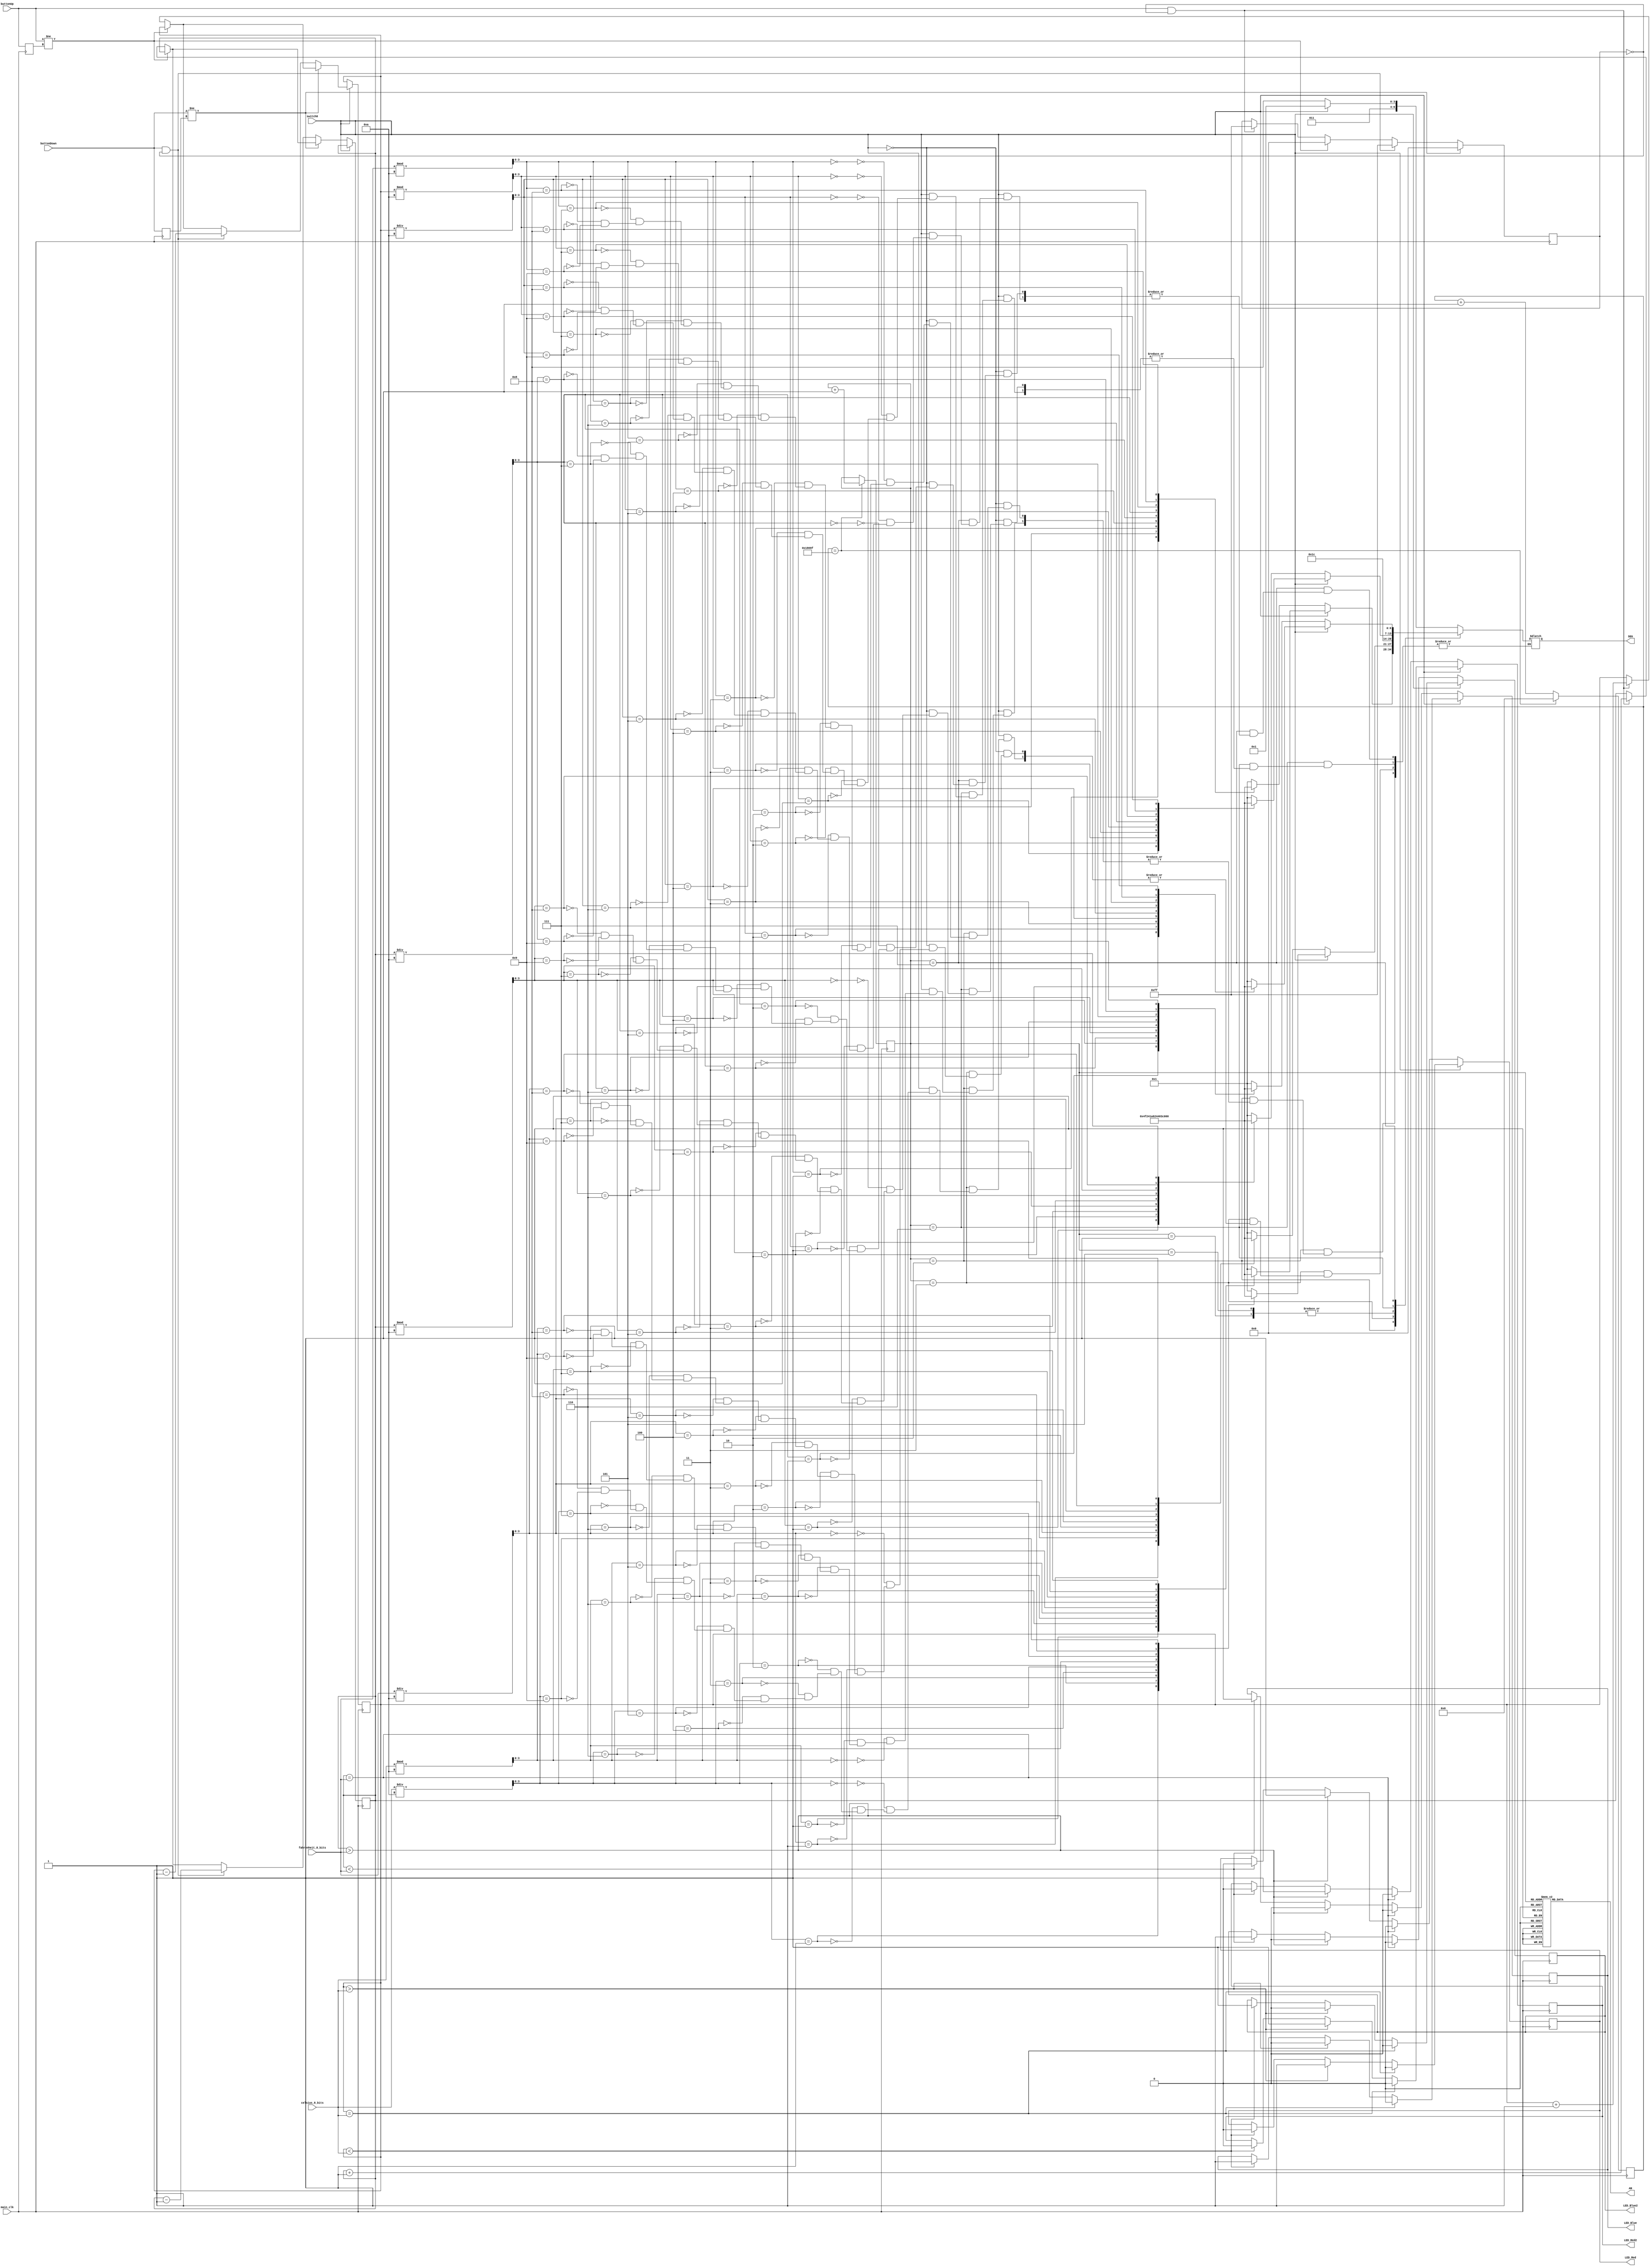
`timescale 1ns / 1ps
module seven_seg_decoder(
    input main_clk,
    input switch0,
    input buttonUp,
    input buttonDown, 
    input [7:0] celsius_8_bits, 
    input [7:0] fahrenheit_8_bits,
    output reg LED_Red, 
    output reg LED_Red2,
    output reg LED_Blue,
    output reg LED_Blue2,
    output reg [6:0] SEG, 
    output reg [7:0] AN  
    );
    reg [7:0] valueF = 8'b0101_0000; //have starting display be 80 for button control
    wire [3:0] valueF_tens, valueF_ones;
    assign valueF_tens = valueF / 10; //get the value for tens place for button control          
    assign valueF_ones = valueF % 10; //get value for ones place for button control
    
    reg [7:0] valueC = 8'b0000_1111; //have starting display be 15 for button control
    wire [3:0] valueC_tens, valueC_ones;
    assign valueC_tens = valueC / 10; //get the value for tens place for button control         
    assign valueC_ones = valueC % 10; //get the value for ones place for button control
    
    wire [3:0] celsius_tens, celsius_ones; 
    assign celsius_tens = celsius_8_bits / 10; //get the value for tens place for C temperature reading           
    assign celsius_ones = celsius_8_bits % 10; //get the value for ones place for C temperature reading   
                
    wire [3:0] fahrenheit_tens, fahrenheit_ones;
    assign fahrenheit_tens = fahrenheit_8_bits / 10; //get the value for tens place for F temperature reading            
    assign fahrenheit_ones = fahrenheit_8_bits % 10; //get the value for ones place for F temperature reading    
    
    //the seven segments that have to be turned on for each required digit        
    parameter ZERO  = 7'b000_0001;  //0 
    parameter ONE   = 7'b100_1111;  //1
    parameter TWO   = 7'b001_0010;  //2 
    parameter THREE = 7'b000_0110;  //3
    parameter FOUR  = 7'b100_1100;  //4
    parameter FIVE  = 7'b010_0100;  //5
    parameter SIX   = 7'b010_0000;  //6
    parameter SEVEN = 7'b000_1111;  //7
    parameter EIGHT = 7'b000_0000;  //8
    parameter NINE  = 7'b000_0100;  //9
    parameter DEG   = 7'b001_1100;  //degrees
    parameter C     = 7'b011_0001;  //C
    parameter F     = 7'b011_1000;  //F
    reg [2:0] anode_select;
    reg [16:0] anode_timer;
    reg buttonUp_prev;
    reg buttonDown_prev;
    reg [7:0] debounce_counter;
    always @(posedge main_clk) begin
    
    //if switch is not flipped enter this
    if (switch0 == 1'b0) begin
        //if user value is less than temperature read from sensor, turn on blue lights
        if (valueF < fahrenheit_8_bits) begin
            LED_Red = 1'b0;
            LED_Red2 = 1'b0;
            LED_Blue = 1'b1; 
            LED_Blue2 = 1'b1;
            end
        //if user value is more than temperature read from sensor, turn on red lights    
        if(valueF > fahrenheit_8_bits) begin
            LED_Red = 1'b1;
            LED_Red2 = 1'b1;
            LED_Blue = 1'b0;
            LED_Blue2 = 1'b0;
            end
        //if user value is same as temperature read from sensor, have no lights on   
        if(valueF == fahrenheit_8_bits) begin
            LED_Red = 1'b0;
            LED_Red2 = 1'b0;
            LED_Blue = 1'b0;
            LED_Blue2 = 1'b0;
            end
        //had to debounce the button because if I didn't then if you pushed the button it would go crazy fast
        if (buttonUp != buttonUp_prev) begin
            debounce_counter <= 8'b0000_0000;
        end else if (buttonUp && (debounce_counter == 8'b0000_0000)) begin
                valueF <= valueF + 1; //counter to increase the user desired temperature
            debounce_counter <= 8'b1111_1111;
        end
        if (buttonDown != buttonDown_prev) begin
            debounce_counter <= 8'b0000_0000;
        end else if (buttonDown && (debounce_counter == 8'b0000_0000)) begin
                valueF <= valueF - 1; //counter to decrease the user desired temperature
            debounce_counter <= 8'b1111_1111;
        end
        buttonUp_prev <= buttonUp;
        buttonDown_prev <= buttonDown;
    end
    //if switch is flipped enter this
    else if (switch0 == 1'b1) begin 
        //if user value is less than temperature read from sensor, turn on blue lights
        if (valueC < celsius_8_bits) begin
            LED_Red = 1'b0;
            LED_Red2 = 1'b0;
            LED_Blue = 1'b1;
            LED_Blue2 = 1'b1;
            end
        //if user value is more than temperature read from sensor, turn on red lights       
        if(valueC > celsius_8_bits) begin
            LED_Red = 1'b1;
            LED_Red2 = 1'b1;
            LED_Blue = 1'b0;
            LED_Blue2 = 1'b0;
            end
        //if user value is same as temperature read from sensor, have no lights on      
        if(valueC == celsius_8_bits) begin
            LED_Red = 1'b0;
            LED_Red2 = 1'b0;
            LED_Blue = 1'b0;
            LED_Blue2 = 1'b0;
            end
        //had to debounce the button because if I didn't then if you pushed the button it would go crazy fast    
        if (buttonUp != buttonUp_prev) begin
            debounce_counter <= 8'b0000_0000;
        end else if (buttonUp && (debounce_counter == 8'b0000_0000)) begin
                valueC <= valueC + 1; //counter to increase the user desired temperature
            debounce_counter <= 8'b1111_1111;
        end
        if (buttonDown != buttonDown_prev) begin
            debounce_counter <= 8'b0000_0000;
        end else if (buttonDown && (debounce_counter == 8'b0000_0000)) begin
                valueC <= valueC - 1; //counter to decrease the user desired temperature
            debounce_counter <= 8'b1111_1111;
        end
        buttonUp_prev <= buttonUp;
        buttonDown_prev <= buttonDown;
    end
end
    //timer so the digits can refresh when updated
    always @(posedge main_clk) begin
        if(anode_timer == 99_999) begin
            anode_timer <= 0;
            anode_select <=  anode_select + 1;
        end
        else
            anode_timer <=  anode_timer + 1;
    end

    always @(anode_select) begin
        case(anode_select)
        //assigning which digit is what position 
            3'o0 : AN = 8'b1111_1110;
            3'o1 : AN = 8'b1111_1101;
            3'o2 : AN = 8'b1111_1011;
            3'o3 : AN = 8'b1111_0111;
            3'o4 : AN = 8'b1110_1111;
            3'o5 : AN = 8'b1101_1111;
            3'o6 : AN = 8'b1011_1111;
            3'o7 : AN = 8'b0111_1111;
        endcase
    end    
    always @* 
    
        case(anode_select)
            
            //first digit is C or F depending what mode it's in
            3'o0 : begin
            //if switch is on then we are in celsius mode, off we are in fahrenheit mode
                        if (switch0 == 1)
                            SEG = C;
                        else
                            SEG = F;
                   end
            //second digit is the degree symbol       
            3'o1 : SEG = DEG;
            //third digit is the ones place of the temperature sensor reading    
            3'o2 : begin
                        //if switch is on we are showing celsius ones place
                        if (switch0 == 1'b1)
                            case(celsius_ones)
                                4'b0000 : SEG = ZERO;
                                4'b0001 : SEG = ONE;
                                4'b0010 : SEG = TWO;
                                4'b0011 : SEG = THREE;
                                4'b0100 : SEG = FOUR;
                                4'b0101 : SEG = FIVE;
                                4'b0110 : SEG = SIX;
                                4'b0111 : SEG = SEVEN;
                                4'b1000 : SEG = EIGHT;
                                4'b1001 : SEG = NINE;
                            endcase
                        else
                        //if switch is off we are showing fahrenheit ones place
                            case(fahrenheit_ones)
                                4'b0000 : SEG = ZERO;
                                4'b0001 : SEG = ONE;
                                4'b0010 : SEG = TWO;
                                4'b0011 : SEG = THREE;
                                4'b0100 : SEG = FOUR;
                                4'b0101 : SEG = FIVE;
                                4'b0110 : SEG = SIX;
                                4'b0111 : SEG = SEVEN;
                                4'b1000 : SEG = EIGHT;
                                4'b1001 : SEG = NINE;
                            endcase
                    end
            //fourth digit is the tens place of the temperature sensor reading
            3'o3 : begin 
                        //if switch is on we are showing celsius tens place
                        if (switch0 == 1'b1)
                            case(celsius_tens)
                                4'b0000 : SEG = ZERO;
                                4'b0001 : SEG = ONE;
                                4'b0010 : SEG = TWO;
                                4'b0011 : SEG = THREE;
                                4'b0100 : SEG = FOUR;
                                4'b0101 : SEG = FIVE;
                                4'b0110 : SEG = SIX;
                                4'b0111 : SEG = SEVEN;
                                4'b1000 : SEG = EIGHT;
                                4'b1001 : SEG = NINE;
                            endcase
                        else
                        //if switch is off we are showing fahrenheit tens place
                            case(fahrenheit_tens)
                                4'b0000 : SEG = ZERO;
                                4'b0001 : SEG = ONE;
                                4'b0010 : SEG = TWO;
                                4'b0011 : SEG = THREE;
                                4'b0100 : SEG = FOUR;
                                4'b0101 : SEG = FIVE;
                                4'b0110 : SEG = SIX;
                                4'b0111 : SEG = SEVEN;
                                4'b1000 : SEG = EIGHT;
                                4'b1001 : SEG = NINE;
                            endcase
                    end
            //fifth digit is C or F depending what mode it's in
            3'o4 : begin
                        //if switch is on then we are in celsius mode, off we are in fahrenheit mode
                        if (switch0 == 1)
                            SEG = C;
                        else
                            SEG = F;
                   end
            //sixth digit is the degree symbol        
            3'o5 : SEG = DEG;
            //seventh digit is the ones place of the desired user temperature     
            3'o6 : begin
                        //if switch is on we are showing celsius ones place
                        if (switch0 == 1'b1)
                            case(valueC_ones)
                                4'b0000 : SEG = ZERO;
                                4'b0001 : SEG = ONE;
                                4'b0010 : SEG = TWO;
                                4'b0011 : SEG = THREE;
                                4'b0100 : SEG = FOUR;
                                4'b0101 : SEG = FIVE;
                                4'b0110 : SEG = SIX;
                                4'b0111 : SEG = SEVEN;
                                4'b1000 : SEG = EIGHT;
                                4'b1001 : SEG = NINE;
                            endcase
                        else
                        //if switch is on we are showing fahrenheit ones place
                            case(valueF_ones)
                                4'b0000 : SEG = ZERO;
                                4'b0001 : SEG = ONE;
                                4'b0010 : SEG = TWO;
                                4'b0011 : SEG = THREE;
                                4'b0100 : SEG = FOUR;
                                4'b0101 : SEG = FIVE;
                                4'b0110 : SEG = SIX;
                                4'b0111 : SEG = SEVEN;
                                4'b1000 : SEG = EIGHT;
                                4'b1001 : SEG = NINE;
                            endcase
                    end
            //eigth digit is the tens place of the desired user temperature    
            3'o7 : begin 
                        //if switch is on we are showing celsius tens place
                        if (switch0 == 1'b1)
                            case(valueC_tens)
                                4'b0000 : SEG = ZERO;
                                4'b0001 : SEG = ONE;
                                4'b0010 : SEG = TWO;
                                4'b0011 : SEG = THREE;
                                4'b0100 : SEG = FOUR;
                                4'b0101 : SEG = FIVE;
                                4'b0110 : SEG = SIX;
                                4'b0111 : SEG = SEVEN;
                                4'b1000 : SEG = EIGHT;
                                4'b1001 : SEG = NINE;
                            endcase
                        else
                        //if switch is on we are showing fahrenheit tens place
                            case(valueF_tens)
                                4'b0000 : SEG = ZERO;
                                4'b0001 : SEG = ONE;
                                4'b0010 : SEG = TWO;
                                4'b0011 : SEG = THREE;
                                4'b0100 : SEG = FOUR;
                                4'b0101 : SEG = FIVE;
                                4'b0110 : SEG = SIX;
                                4'b0111 : SEG = SEVEN;
                                4'b1000 : SEG = EIGHT;
                                4'b1001 : SEG = NINE;
                            endcase
                    end    
        endcase  
endmodule